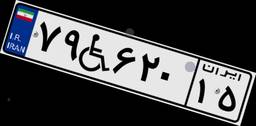
۴۰W۲۷۹۲۳